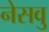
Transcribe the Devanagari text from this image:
नेसवु